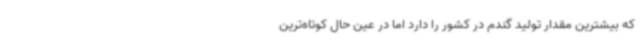
که بیشترین مقدار تولید گندم در کشور را دارد اما در عین حال کوتاه‌ترین